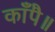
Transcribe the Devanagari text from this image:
काँपै॥